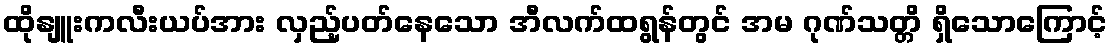
ထိုနျူးကလီးယပ်အား လှည့်ပတ်နေသော အီလက်ထရွန်တွင် အမ ဂုဏ်သတ္တိ ရှိသောကြောင့်